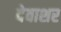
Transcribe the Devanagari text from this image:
देवाशर